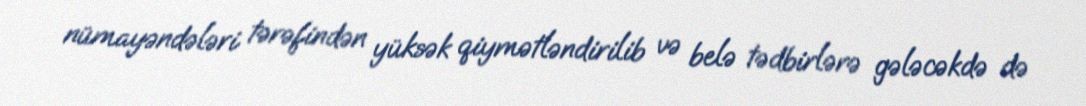
nümayəndələri tərəfindən yüksək qiymətləndirilib və belə tədbirlərə gələcəkdə də